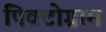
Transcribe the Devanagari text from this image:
पिक्टोग्राम